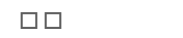
٢٤